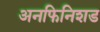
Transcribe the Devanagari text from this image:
अनफिनिशड